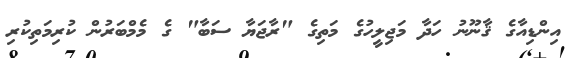
އިންޑިއާގެ ޤާނޫނު ހަދާ މަޖިލީހުގެ މަތިގެ "ރާޖަޔާ ސަބާ" ގެ މެމްބަރުން ކުރިމަތިކުރި